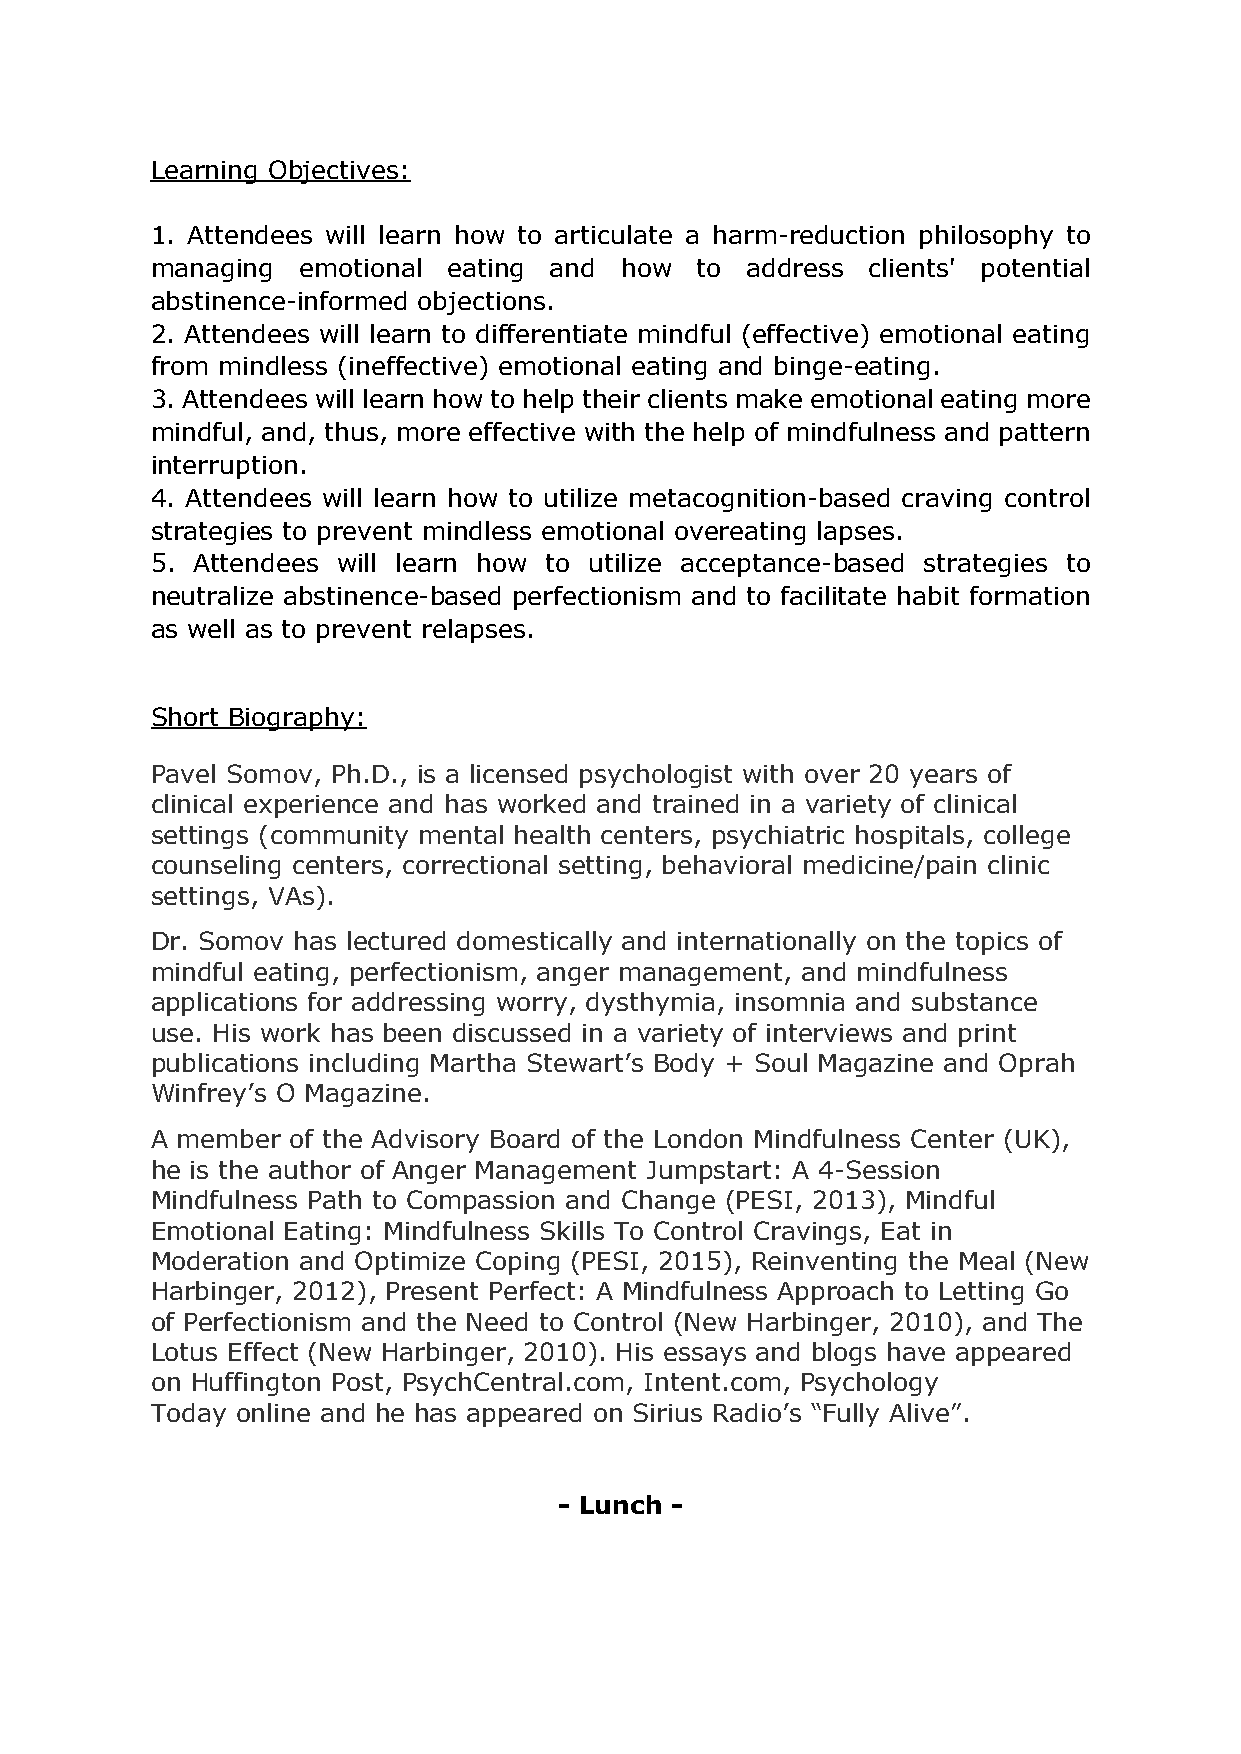
Learning Objectives:
 1. Attendees will learn how to articulate a harm-reduction philosophy to
 managing  emotional eating and how  to address  clients' potential
 abstinence-informed objections.
 2. Attendees will learn to differentiate mindful (effective) emotional eating
 from mindless (ineffective) emotional eating and binge-eating.
 3. Attendees will learn how to help their clients make emotional eating more
 mindful, and, thus, more effective with the help of mindfulness and pattern
 interruption.
 4. Attendees will learn how to utilize metacognition-based craving control
 strategies to prevent mindless emotional overeating lapses.
 5. Attendees will learn how to utilize acceptance-based strategies to
 neutralize abstinence-based perfectionism and to facilitate habit formation
 as well as to prevent relapses.
 Short Biography:
 Pavel Somov, Ph.D., is a licensed psychologist with over 20 years of
 clinical experience and has worked and trained in a variety of clinical
 settings (community mental health centers, psychiatric hospitals, college
 counseling centers, correctional setting, behavioral medicine/pain clinic
 settings, VAs).
 Dr. Somov has lectured domestically and internationally on the topics of
 mindful eating, perfectionism, anger management, and mindfulness
 applications for addressing worry, dysthymia, insomnia and substance
 use. His work has been discussed in a variety of interviews and print
 publications including Martha Stewart’s Body + Soul Magazine and Oprah
 Winfrey’s O Magazine.
 A member of the Advisory Board of the London Mindfulness Center (UK),
 he is the author of Anger Management Jumpstart: A 4-Session
 Mindfulness Path to Compassion and Change (PESI, 2013), Mindful
 Emotional Eating: Mindfulness Skills To Control Cravings, Eat in
 Moderation and Optimize Coping (PESI, 2015), Reinventing the Meal (New
 Harbinger, 2012), Present Perfect: A Mindfulness Approach to Letting Go
 of Perfectionism and the Need to Control (New Harbinger, 2010), and The
 Lotus Effect (New Harbinger, 2010). His essays and blogs have appeared
 on Huffington Post, PsychCentral.com, Intent.com, Psychology
 Today online and he has appeared on Sirius Radio’s “Fully Alive”.
 - Lunch -